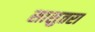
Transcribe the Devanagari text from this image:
सासुतरा